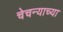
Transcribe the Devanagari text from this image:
चेचन्याच्या